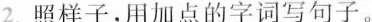
2.照样子，用加点的字词写句子。